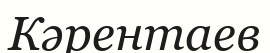
Кәрентаев